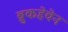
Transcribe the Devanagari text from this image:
ब्रुकहेवेन